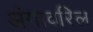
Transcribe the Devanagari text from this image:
अंगावरिल